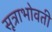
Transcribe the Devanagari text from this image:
सूत्राभोवती